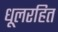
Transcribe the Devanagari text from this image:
धूलरहित